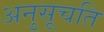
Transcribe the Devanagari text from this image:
अनुसूचति